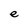
Character: e